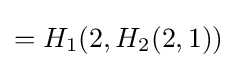
=H_{1}(2,H_{2}(2,1))